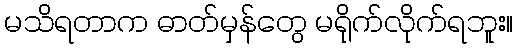
မသိရတာက ဓာတ်မှန်တွေ မရိုက်လိုက်ရဘူး။